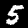
Label: 5